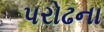
પરોઢના